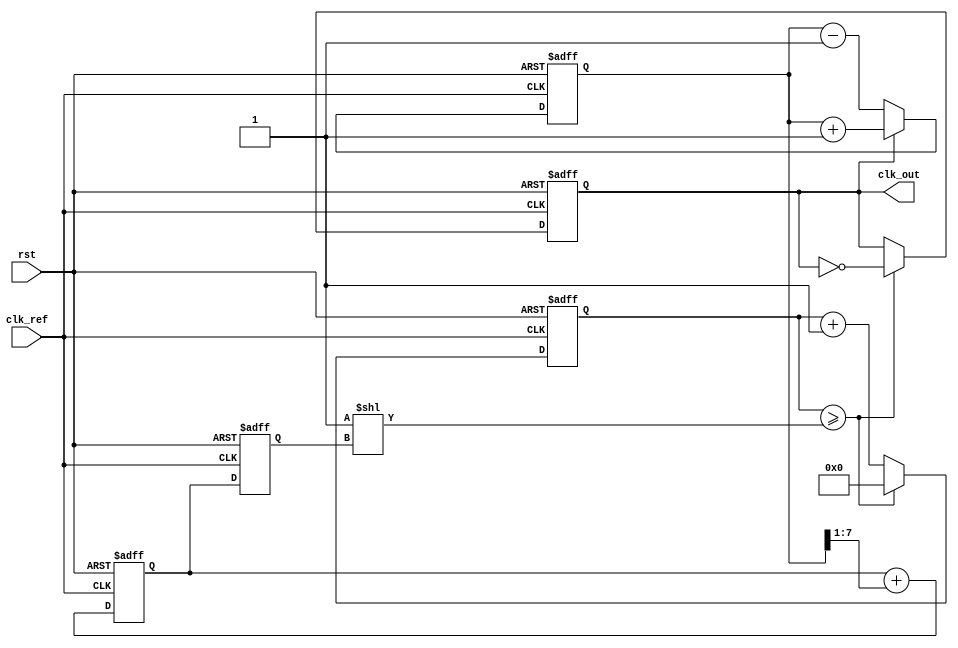
module ADPLL (
    input wire clk_ref,           // Reference clock input
    input wire rst,               // Reset signal
    output reg clk_out            // Output clock
);

// Parameters
parameter PHASE_WIDTH = 8;      // Phase error representation width
parameter FILTER_WIDTH = 8;      // Loop filter output width
parameter DCO_WIDTH = 8;         // DCO frequency control width

// Internal signals
reg [PHASE_WIDTH-1:0] phase_error;      // Phase error signal
reg [FILTER_WIDTH-1:0] control_signal;   // Control signal from loop filter
reg [DCO_WIDTH-1:0] dco_frequency;       // Frequency control signal for DCO
reg [7:0] counter;                       // Counter for output clock generation

// Phase Detector (PD)
always @(posedge clk_ref or posedge rst) begin
    if (rst) begin
        phase_error <= 0;
    end else begin
        // Simple phase comparison logic (for demonstration)
        // This can be replaced with a more sophisticated phase detector
        if (clk_out) begin
            phase_error <= phase_error + 1; // Increment phase error
        end else begin
            phase_error <= phase_error - 1; // Decrement phase error
        end
    end
end

// Loop Filter (LF)
always @(posedge clk_ref or posedge rst) begin
    if (rst) begin
        control_signal <= 0;
    end else begin
        // Simple low-pass filter (first-order)
        control_signal <= control_signal + (phase_error >> 1); // Smoothing phase error
    end
end

// Frequency Synthesizer (DCO)
always @(posedge clk_ref or posedge rst) begin
    if (rst) begin
        dco_frequency <= 0;
    end else begin
        // Update DCO frequency based on control signal
        dco_frequency <= control_signal; // Direct mapping for simplicity
    end
end

// Output Clock Generation
always @(posedge clk_ref or posedge rst) begin
    if (rst) begin
        counter <= 0;
        clk_out <= 0;
    end else begin
        // Generate output clock based on DCO frequency
        counter <= counter + 1;
        if (counter >= (1 << dco_frequency)) begin
            clk_out <= ~clk_out; // Toggle output clock
            counter <= 0;        // Reset counter
        end
    end
end

endmodule